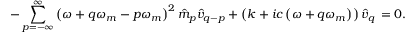
- \sum _ { p = - \infty } ^ { \infty } \left( \omega + q \omega _ { m } - p \omega _ { m } \right) ^ { 2 } \hat { m } _ { p } \hat { v } _ { q - p } + \left( k + i c \left( \omega + q \omega _ { m } \right) \right) \hat { v } _ { q } \, = 0 .